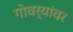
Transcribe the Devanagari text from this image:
गोवर्यांवर